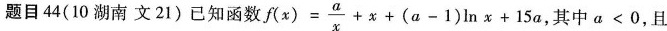
题目 44(10 湖南 文21) 已知函数 $$f ( x ) = \frac { a } { x } + x + ( a - 1 ) l n x + 1 5 a$$ 其中$$a < 0$$，且